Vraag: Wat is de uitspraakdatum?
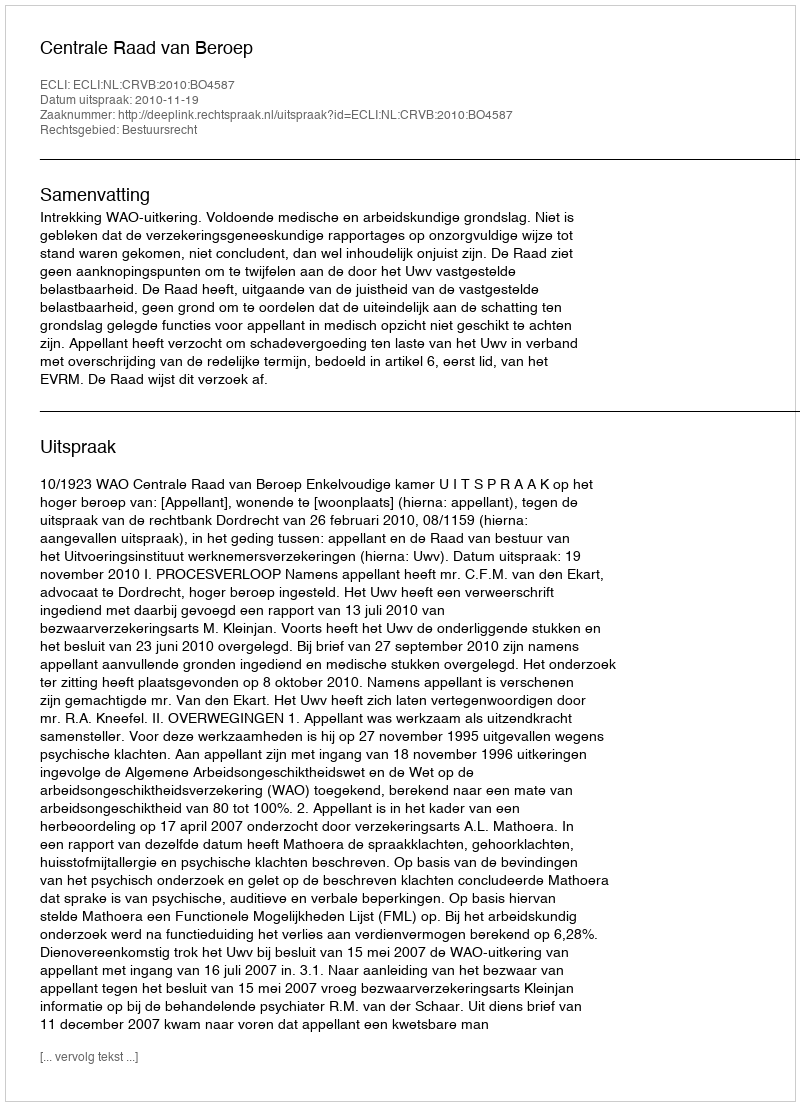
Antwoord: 2010-11-19